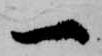
一